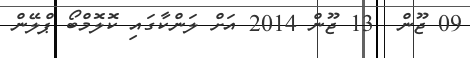
09 ޖޫން  13 ޖޫން 2014 އަށް ލަންކާގައި ކޮލޮމްބޯ ޕްލޭން